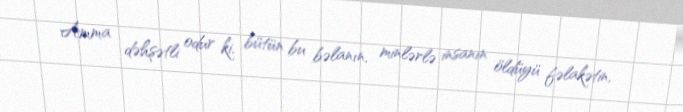
Amma dəhşətli odur ki, bütün bu bəlanın, minlərlə insanın öldüyü fəlakətin,